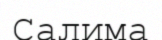
Салима